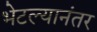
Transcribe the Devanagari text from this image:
भेटल्यानंतर